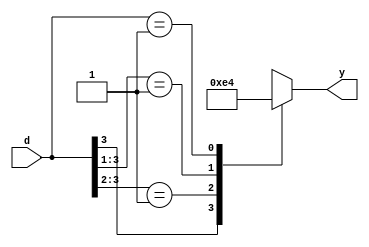
`timescale 1ns / 1ps
//////////////////////////////////////////////////////////////////////////////////
// Company: 
// Engineer: 
// 
// Design Name: 
// Module Name: ENCODER_PRIO
// Project Name: 
// Target Devices: 
// Tool Versions: 
// Description: 
// 
// Dependencies: 
// 
// Revision:
// Revision 0.01 - File Created
// Additional Comments:
// 
//////////////////////////////////////////////////////////////////////////////////


module ENCODER_PRIO(input [3:0] d, output reg [1:0] y );

always@(d)begin
casex (d)
4'b1xxx: y=2'b11;
4'b01xx: y=2'b10;
4'b001x: y=2'b01;
4'b0001: y=2'b00;
default: y=2'bxx;
endcase
end
endmodule